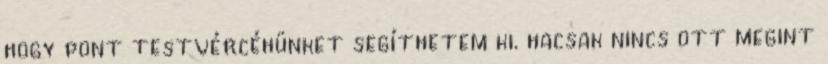
hogy pont testvércéhünket segíthetem ki. hacsak nincs ott megint